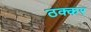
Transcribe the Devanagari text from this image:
ठक्‍कर